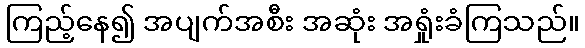
ကြည့်နေ၍ အပျက်အစီး အဆုံး အရှုံးခံကြသည်။